Civil Veterinary Department. Madras. Admin. report 1926-33 - 1926-1933
Year: 1926
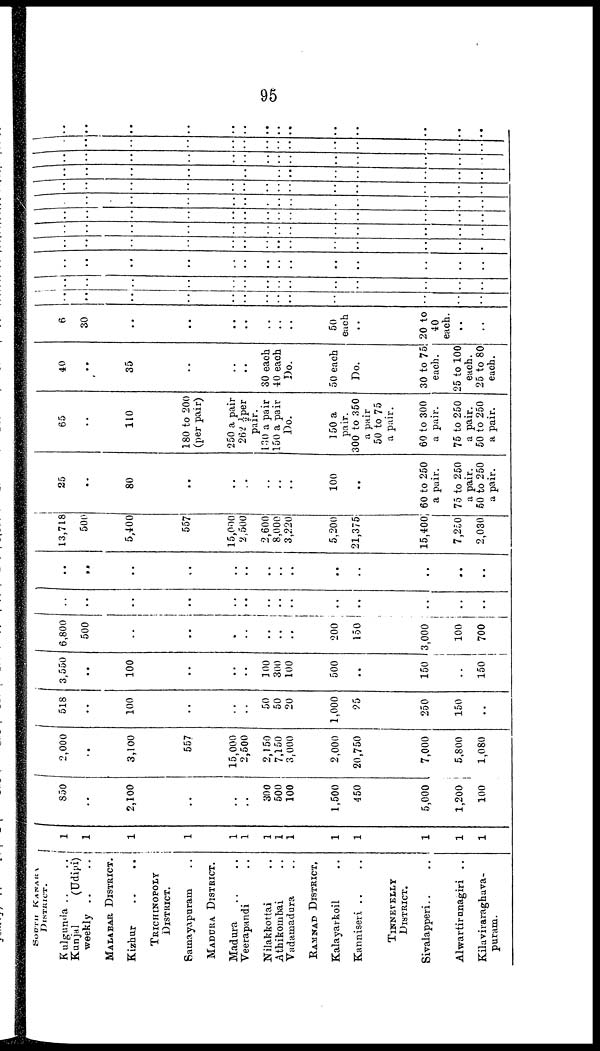
95
SOUTH
KANARA
DISTRICT.
Kulgunda .. ..
Kunjal
(Udipi)
weekly .. ..
MALABAR DISTRICT.
Kizhur .. ..
TRICHINOPOLY
DISTRICT.
Samayapuram ..
MADURA DISTRICT.
Madura .. ..
Veerapandi ..
Nilakkottai ..
Athikombai ..
Vadamadura ..
RAMNAD DISTRICT,
Kalayarkoil ..
Kanniseri .. ..
TINNEVELLY
DISTRICT.
Sivalapperi .. ..
Alwartirunagiri ..
Kilaviraraghava¬
puram.
1
1
1
1
1
1
1
1
1
1
1
1
1
1
850
..
2,100
..
..
..
300
500
100
1,500
450
5,000
1,200
100
2,000
..
3,100
557
15,000
2,500
2,150
7,150
3,000
2,000
20,750
7,000
5,800
1,080
518
..
100
..
..
..
50
50
20
1,000
25
250
150
..
3,550
..
100
..
..
..
100
300
100
500
..
150
..
150
6,800
500
..
..
..
..
..
..
..
200
150
3,000
100
700
..
..
..
..
..
..
..
..
..
..
..
..
..
..
..
..
..
..
..
..
..
..
..
..
..
..
..
.. ..
13,718
500
5,400
557
15,000
2,500
2,600
8,000
3,220
5,200
21,375
15,400
7,250
2,030
25
..
80
..
..
..
..
..
..
100
..
60 to 250
a pair.
75 to 250
a pair.
50 to 250
a pair.
65
..
110
180 to 200
(per pair)
250 a pair
262 ½per
pair.
130 a pair
150 a pair
Do.
150 a
pair.
300 to 350
a pair
50 to 75
a pair.
60 to 300
a pair.
75 to 250
a pair.
50 to 250
a pair.
40
..
35
..
..
..
30 each
40 each
Do.
50 each
Do.
30 to 75
each.
25 to 100
each.
25 to 80
each.
6
30
..
..
..
..
..
..
..
50
each
..
20 to
40
each.
..
..
..
..
..
..
..
..
..
..
..
..
..
..
..
..
..
..
..
..
..
..
..
..
..
..
..
..
..
..
..
..
..
..
..
..
..
..
..
..
..
..
..
..
..
..
..
..
..
..
..
..
..
..
..
..
..
..
..
..
..
..
..
..
..
..
..
..
..
..
..
..
..
..
..
..
..
..
..
..
..
..
..
..
..
..
..
..
..
..
..
..
..
..
..
..
..
..
..
..
..
..
..
..
..
..
..
..
..
..
..
..
..
..
..
..
..
..
..
..
..
..
..
..
..
..
..
..
..
..
..
..
..
..
..
..
..
..
..
..
..
..
..
..
..
..
..
..
..
..
..
..
..
..
..
..
..
..
..
..
..
..
..
..
..
..
..
..
..
..
..
..
..
..
..
..
..
..
..
..
..
..
..
..
..
..
..